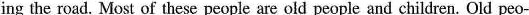
ing the road. Most of these people are old people and children. Old peo-